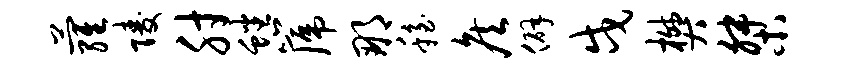
萝陵肘蟠篪那稳侯僻戍樊桀